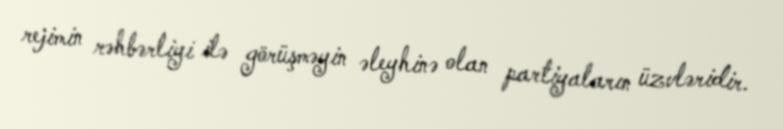
rejimin rəhbərliyi ilə görüşməyin əleyhinə olan partiyaların üzvləridir.